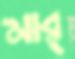
মার্